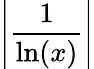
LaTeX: \left|{\frac{1}{\ln(x)}}\right|